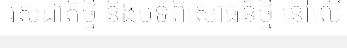
រសជាតិថ្មី និងបទពិសោធន៍ថ្មី នៅលើ